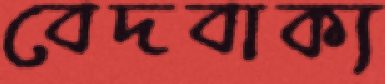
বেদবাক্য